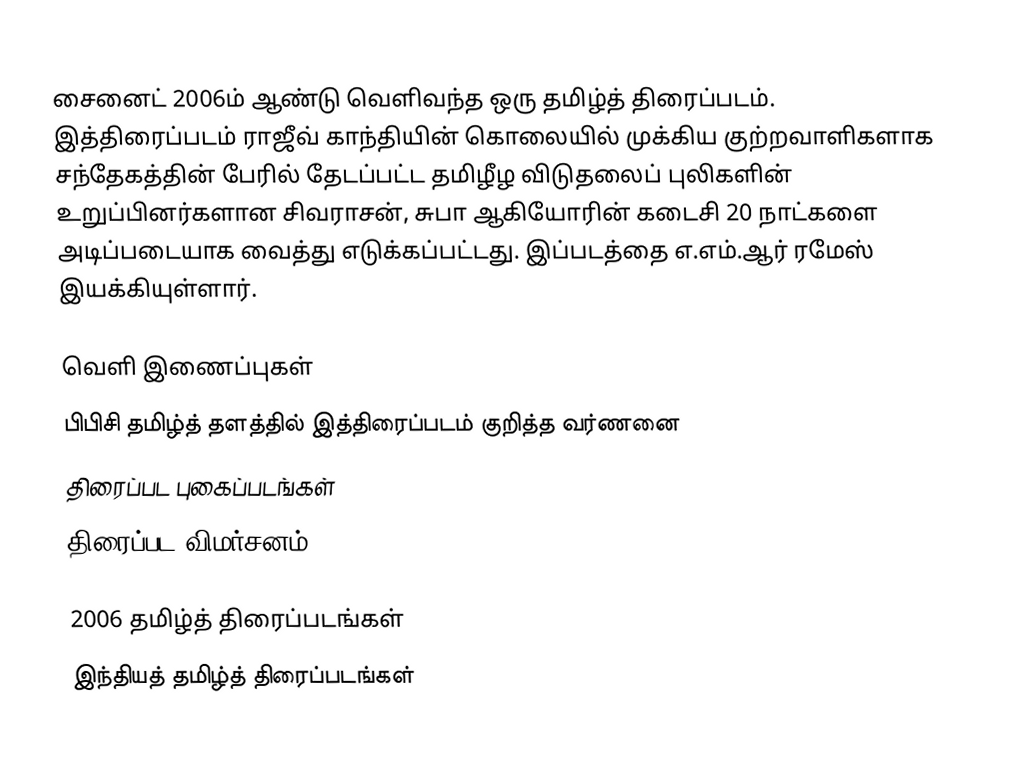
சைனைட் 2006ம் ஆண்டு வெளிவந்த ஒரு தமிழ்த் திரைப்படம். இத்திரைப்படம் ராஜீவ் காந்தியின் கொலையில் முக்கிய குற்றவாளிகளாக சந்தேகத்தின் பேரில் தேடப்பட்ட தமிழீழ விடுதலைப் புலிகளின் உறுப்பினர்களான சிவராசன், சுபா ஆகியோரின் கடைசி 20 நாட்களை அடிப்படையாக வைத்து எடுக்கப்பட்டது. இப்படத்தை எ.எம்.ஆர் ரமேஸ் இயக்கியுள்ளார்.

வெளி இணைப்புகள்
 பிபிசி தமிழ்த் தளத்தில் இத்திரைப்படம் குறித்த வர்ணனை
 திரைப்பட புகைப்படங்கள்
 திரைப்பட விமர்சனம்

2006 தமிழ்த் திரைப்படங்கள்
இந்தியத் தமிழ்த் திரைப்படங்கள்